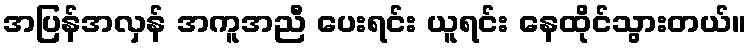
အပြန်အလှန် အကူအညီ ပေးရင်း ယူရင်း နေထိုင်သွားတယ်။